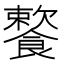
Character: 𩞌